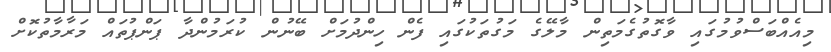
މިއެއްބަސްވުމުގައި ވާގޮތުގެމަތިން މާލޭގެ މަގުތަކުގައި ފެން ހިންދުމަށް ބޭނުން ކުރަމުންދާ ޕަންޕުތައް މަރާމާތުކޮށް